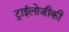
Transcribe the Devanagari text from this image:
ट्राईलोजीकी